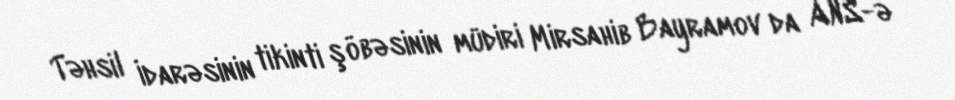
Təhsil İdarəsinin tikinti şöbəsinin müdiri Mirsahib Bayramov da ANS-ə